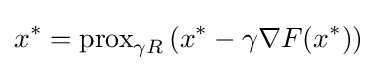
x^{*}=\operatorname {prox} _{\gamma R}\left(x^{*}-\gamma \nabla F(x^{*})\right)